Tartu_linnavalitsus, lk 79
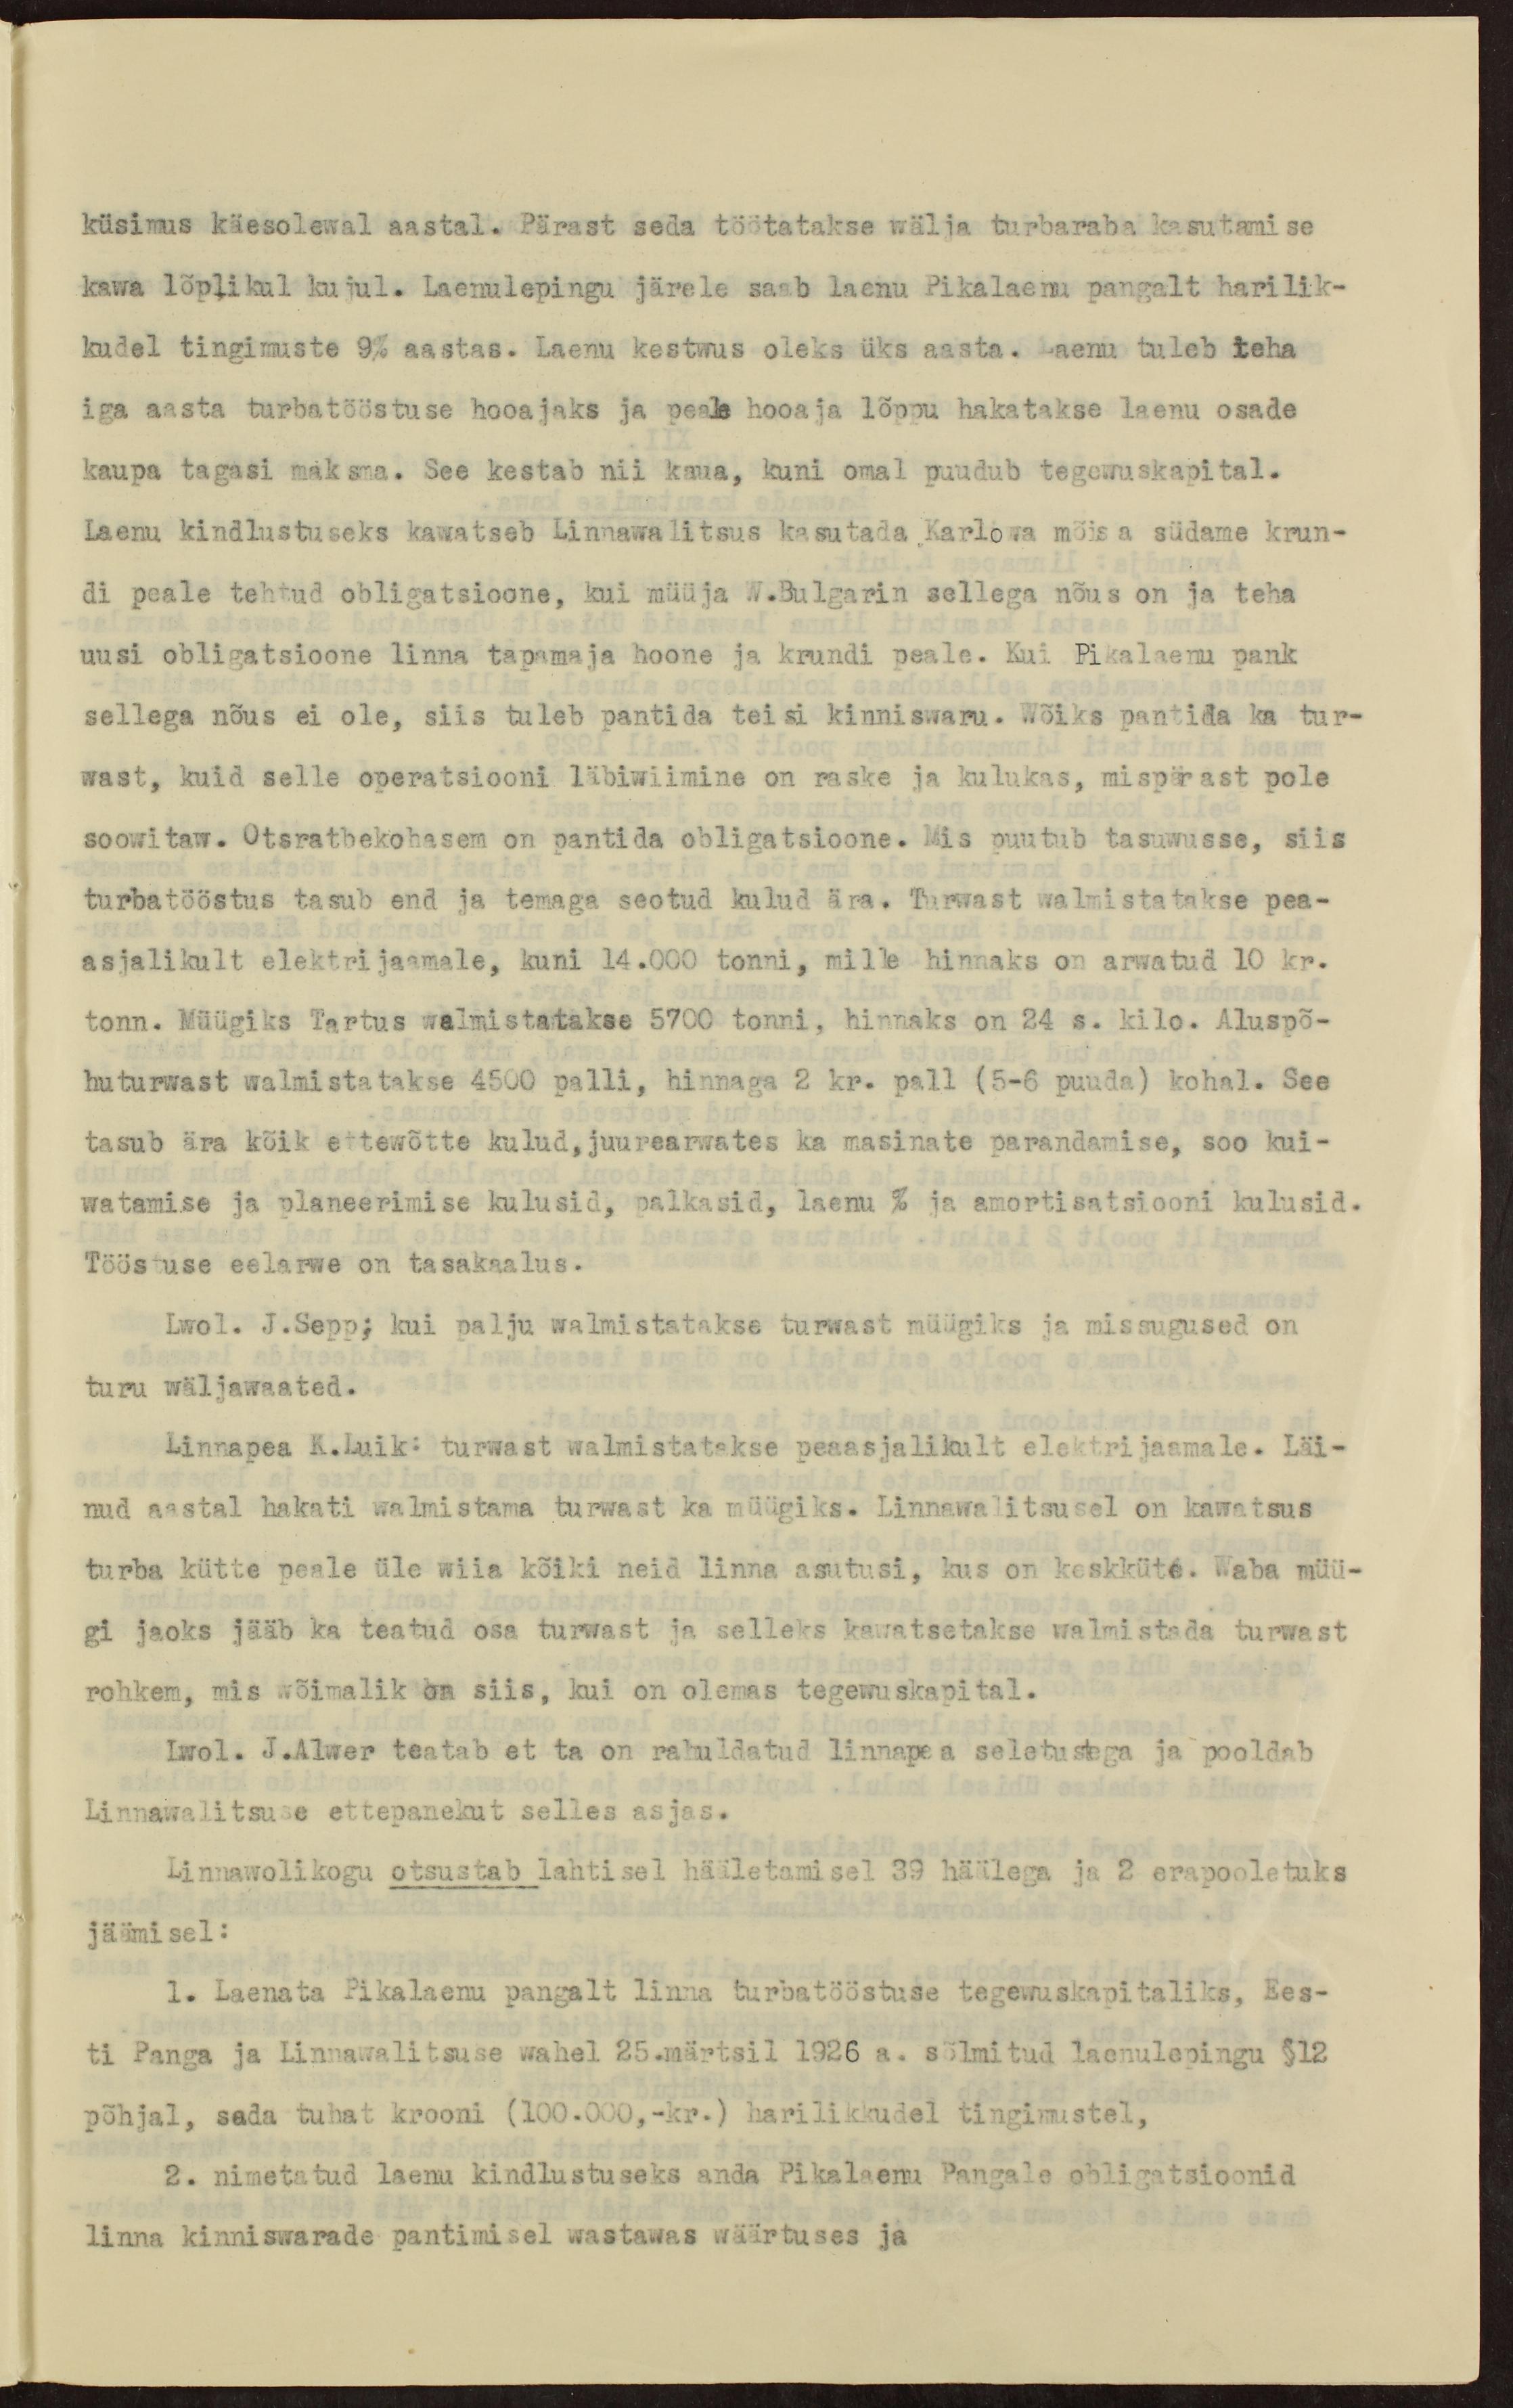
küsimus käesolewal aastal. Pärast seda töötatakse wälja turbaraba kasutamise
kawa lõplikul kujul. Laenulepingu järele saab laenu Pikalaenu pangalt harilik-
kudel tingimuste 9% aastas. Laenu kestwus oleks üks aasta. Laenu tuleb teha
iga aasta turbatööstuse hooajaks ja peale hooaja lõppu hakatakse laenu osade
kaupa tagasi maksma. See kestab nii kaua, kuni omal puudub tegewuskapital.
Laenu kindlustuseks kawatseb Linnawalitsus kasutada Karlowa mõisa südame krun-
di peale tehtud obligatsioone, kui müüja W.Bulgarin sellega nõus on ja teha
uusi obligatsioone linna tapamaja hoone ja krundi peale. Kui Pikalaenu pank
sellega nõus ei ole, siis tuleb pantida teisi kinniswaru. Wõiks pantida ka tur-
wast, kuid selle operatsiooni läbiwiimine on raske ja kulukas, mispärast pole
soowitaw. Otsratbekohasem on pantida obligatsioone. Mis puutub tasuwusse, siis
turbatööstus tasub end ja temaga seotud kulud ära. Turwast walmistatakse pea-
asjalikult elektrijaamale, kuni 14.000 tonni, mille hinnaks on arwatud 10 kr.
tonn. Müügiks Tartus walmistatakse 5700 tonni, hinnaks on 24 s. kilo. Aluspõ-
huturwast walmistatakse 4500 palli, hinnaga 2 kr. pall (5-6 puuda) kohal. See
tasub ära kõik ettewõtte kulud,juurearwates ka masinate parandamise, soo kui-
watamise ja planeerimise kulusid, palkasid, laenu % ja amortisatsiooni kulusid.
Tööstuse eelarwe on tasakaalus.
Lwol. J.Sepp; kui palju walmistatakse turwast müügiks ja missugused on
turu wäljawaated.
Linnapea K.Luik: turwast walmistatakse peaasjalikult elektrijaamale. Läi-
nud aastal hakati walmistama turwast ka müügiks. Linnawalitsusel on kawatsus
turba kütte peale üle wiia kõiki neid linna asutusi, kus on keskküte. Waba müü-
gi jaoks jääb ka teatud osa turwast ja selleks kawatsetakse walmistada turwast
rohkem, mis wõimalik on siis, kui on olemas tegewuskapital.
Lwol. J.Alwer teatab et ta on rahuldatud linnapea seletustega ja pooldab
Linnawalitsuse ettepanekut selles asjas.
Linnawolikogu otsustab lahtisel hääletamisel 39 häälega ja 2 erapooletuks
jäämisel:
1. Laenata Pikalaenu pangalt linna turbatööstuse tegewuskapitaliks, Ees-
ti Panga ja Linnawalitsuse wahel 25.märtsil 1926 a. sõlmitud laenulepingu §12
põhjal, sada tuhat krooni (100.000,-kr.) harilikkudel tingimustel,
2. nimetatud laenu kindlustuseks anda Pikalaenu Pangale obligatsioonid
linna kinniswarade pantimisel wastawas wäärtuses ja